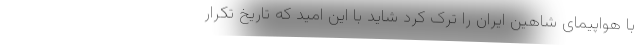
با هواپیمای شاهین ایران را ترک کرد شاید با این امید که تاریخ تکرار